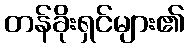
တန်ခိုးရှင်များ၏